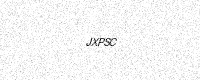
Text: JXPSC